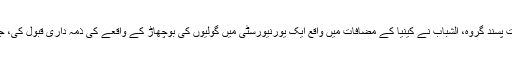
جمعرات کو، صومالیہ کے شدت پسند گروہ، الشباب نے کینیا کے مضافات میں واقع ایک یورنیورسٹی میں گولیوں کی بوچھاڑ کے واقعے کی ذمہ داری قبول کی، جس میں 148 افراد ہلاک ہوئے۔